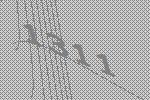
1311